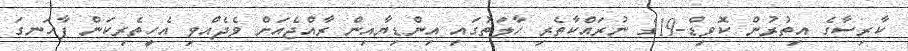
ކާރިސާގެ އިތުރުން ކޮވިޑް-19ގެ ނުރައްކާތެރި ހާލަތުގައި އިންޑިޔާއިން ރާއްޖެއަށް ވެދެއްވި އެހީތެރިކަން ފާހަނގަ